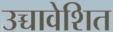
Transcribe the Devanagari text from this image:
उच्चावेशित